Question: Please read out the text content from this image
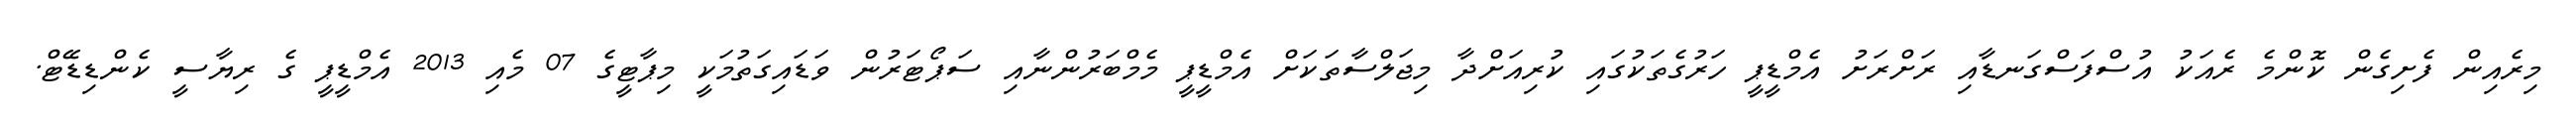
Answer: މިރެއިން ފެށިގެން ކޮންމެ ރެއަކު އުސްފަސްގަނޑާއި ރަށްރަށު އެމްޑީޕީ ހަރުގެތަކުގައި ކުރިއަށްދާ މިޖަލްސާތަކަށް އެމްޑީޕީ މެމްބަރުންނާއި ސަޕޯޓަރުން ވަޑައިގަތުމަކީ މިޕާޓީގެ 07 މެއި 2013 އެމްޑީޕީ ގެ ރިޔާސީ ކެންޑިޑޭޓް.